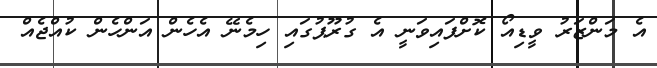
އެ މަންޒަރު ވީޑިއޯ ކޮށްފައިވަނީ އެ ގުރޫޕުގައި ހިމެނޭ އެހެން އަންހެން ކުއްޖެއް